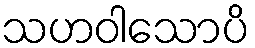
သဟဝါသောပိ